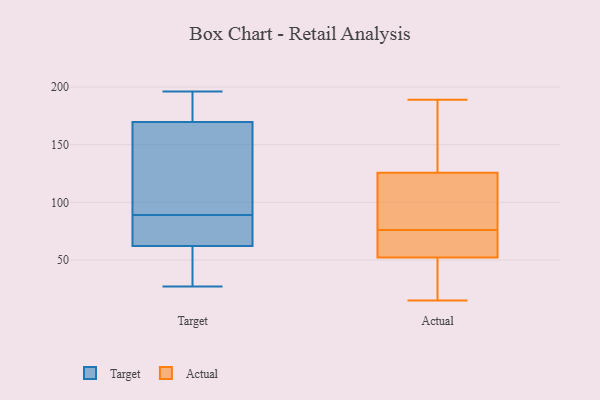
{"axis": {"x": "Backlog", "y": "Value"}, "legend": ["Actual", "Target"], "data": [{"x": "", "y": 126, "type": "Target"}, {"x": "", "y": 27, "type": "Target"}, {"x": "", "y": 53, "type": "Target"}, {"x": "", "y": 57, "type": "Target"}, {"x": "", "y": 89, "type": "Target"}, {"x": "", "y": 31, "type": "Target"}, {"x": "", "y": 64, "type": "Target"}, {"x": "", "y": 188, "type": "Target"}, {"x": "", "y": 114, "type": "Target"}, {"x": "", "y": 196, "type": "Target"}, {"x": "", "y": 118, "type": "Target"}, {"x": "", "y": 84, "type": "Target"}, {"x": "", "y": 185, "type": "Target"}, {"x": "", "y": 168, "type": "Target"}, {"x": "", "y": 89, "type": "Target"}, {"x": "", "y": 175, "type": "Target"}, {"x": "", "y": 89, "type": "Target"}, {"x": "", "y": 169, "type": "Actual"}, {"x": "", "y": 160, "type": "Actual"}, {"x": "", "y": 119, "type": "Actual"}, {"x": "", "y": 46, "type": "Actual"}, {"x": "", "y": 52, "type": "Actual"}, {"x": "", "y": 104, "type": "Actual"}, {"x": "", "y": 59, "type": "Actual"}, {"x": "", "y": 128, "type": "Actual"}, {"x": "", "y": 189, "type": "Actual"}, {"x": "", "y": 76, "type": "Actual"}, {"x": "", "y": 92, "type": "Actual"}, {"x": "", "y": 53, "type": "Actual"}, {"x": "", "y": 38, "type": "Actual"}, {"x": "", "y": 74, "type": "Actual"}, {"x": "", "y": 15, "type": "Actual"}]}